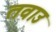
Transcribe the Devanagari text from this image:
तवाउ